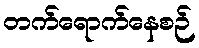
တက်ရောက်နေစဉ်